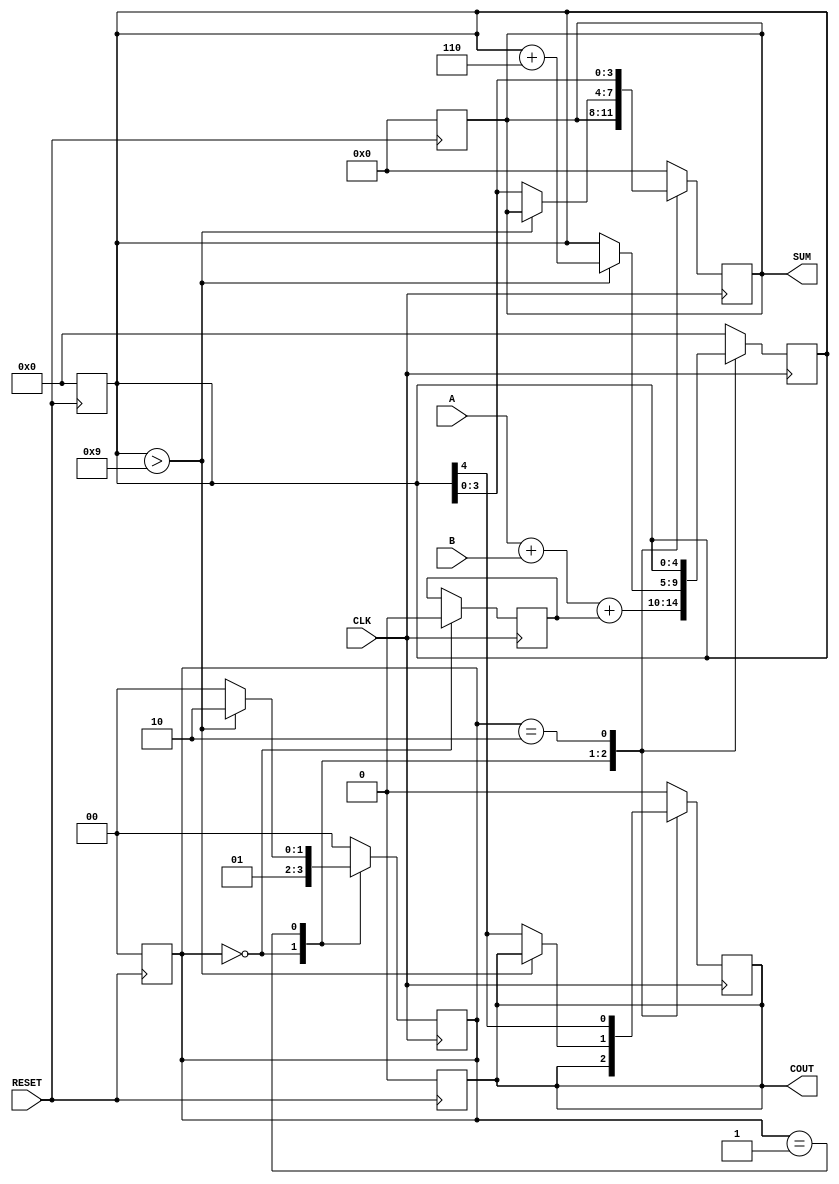
module BCD_Sequential_Adder (
    input  wire [3:0] A,      // First BCD digit
    input  wire [3:0] B,      // Second BCD digit
    input  wire CLK,          // Clock signal
    input  wire RESET,        // Asynchronous reset
    output reg  [3:0] SUM,    // BCD sum output
    output reg  COUT          // Carry-out signal
);

    // Internal Signals
    reg [4:0] TEMP_SUM;       // 5-bit register to hold the intermediate sum
    reg [1:0] STATE;          // State register
    reg C_IN;                 // Carry input

    // State encoding
    localparam IDLE = 2'b00, ADDING = 2'b01, ADJUSTING = 2'b10;

    // Asynchronous reset
    always @(posedge RESET) begin
        SUM <= 4'b0000;
        COUT <= 1'b0;
        TEMP_SUM <= 5'b00000;
        STATE <= IDLE;
    end

    // Sequential logic
    always @(posedge CLK) begin
        case (STATE)
            IDLE: begin
                // Prepare for addition
                C_IN <= 1'b0; // Initialize carry input
                TEMP_SUM <= A + B + C_IN; // Perform addition
                STATE <= ADDING; // Move to adding state
            end
            
            ADDING: begin
                // Check for BCD adjustment
                if (TEMP_SUM > 9) begin
                    TEMP_SUM <= TEMP_SUM + 5'd6; // Adjust for BCD
                    STATE <= ADJUSTING; // Move to adjusting state
                end else begin
                    // No adjustment needed, proceed to output
                    SUM <= TEMP_SUM[3:0]; // Assign sum
                    COUT <= TEMP_SUM[4]; // Assign carry out
                    STATE <= IDLE; // Back to idle to wait for next addition
                end
            end
            
            ADJUSTING: begin
                // Finalize output after adjustment
                SUM <= TEMP_SUM[3:0]; // Assign adjusted sum
                COUT <= TEMP_SUM[4]; // Assign carry out
                STATE <= IDLE; // Back to idle for next operation
            end
            
            default: begin
                // Safety case
                SUM <= 4'b0000;
                COUT <= 1'b0;
                TEMP_SUM <= 5'b00000;
                STATE <= IDLE;
            end
        endcase
    end
endmodule